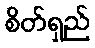
စိတ်ရှည်